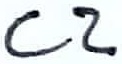
Text: C2